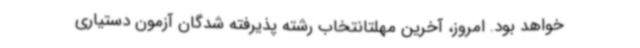
خواهد بود. امروز، آخرین مهلتانتخاب رشته پذیرفته شدگان آزمون دستیاری